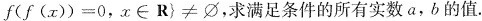
f ( f ( x ) ) = 0$$,$$x ∈ R \right \} ≠ ∅$$，求满足条件的所有实数a，b的值.